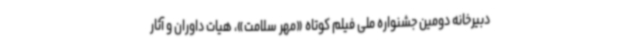
دبیرخانه دومین جشنواره ملی فیلم کوتاه «مهر سلامت»، هیات داوران و آثار